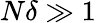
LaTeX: N\delta\gg 1